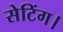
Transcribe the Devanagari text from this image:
सेटिंग।